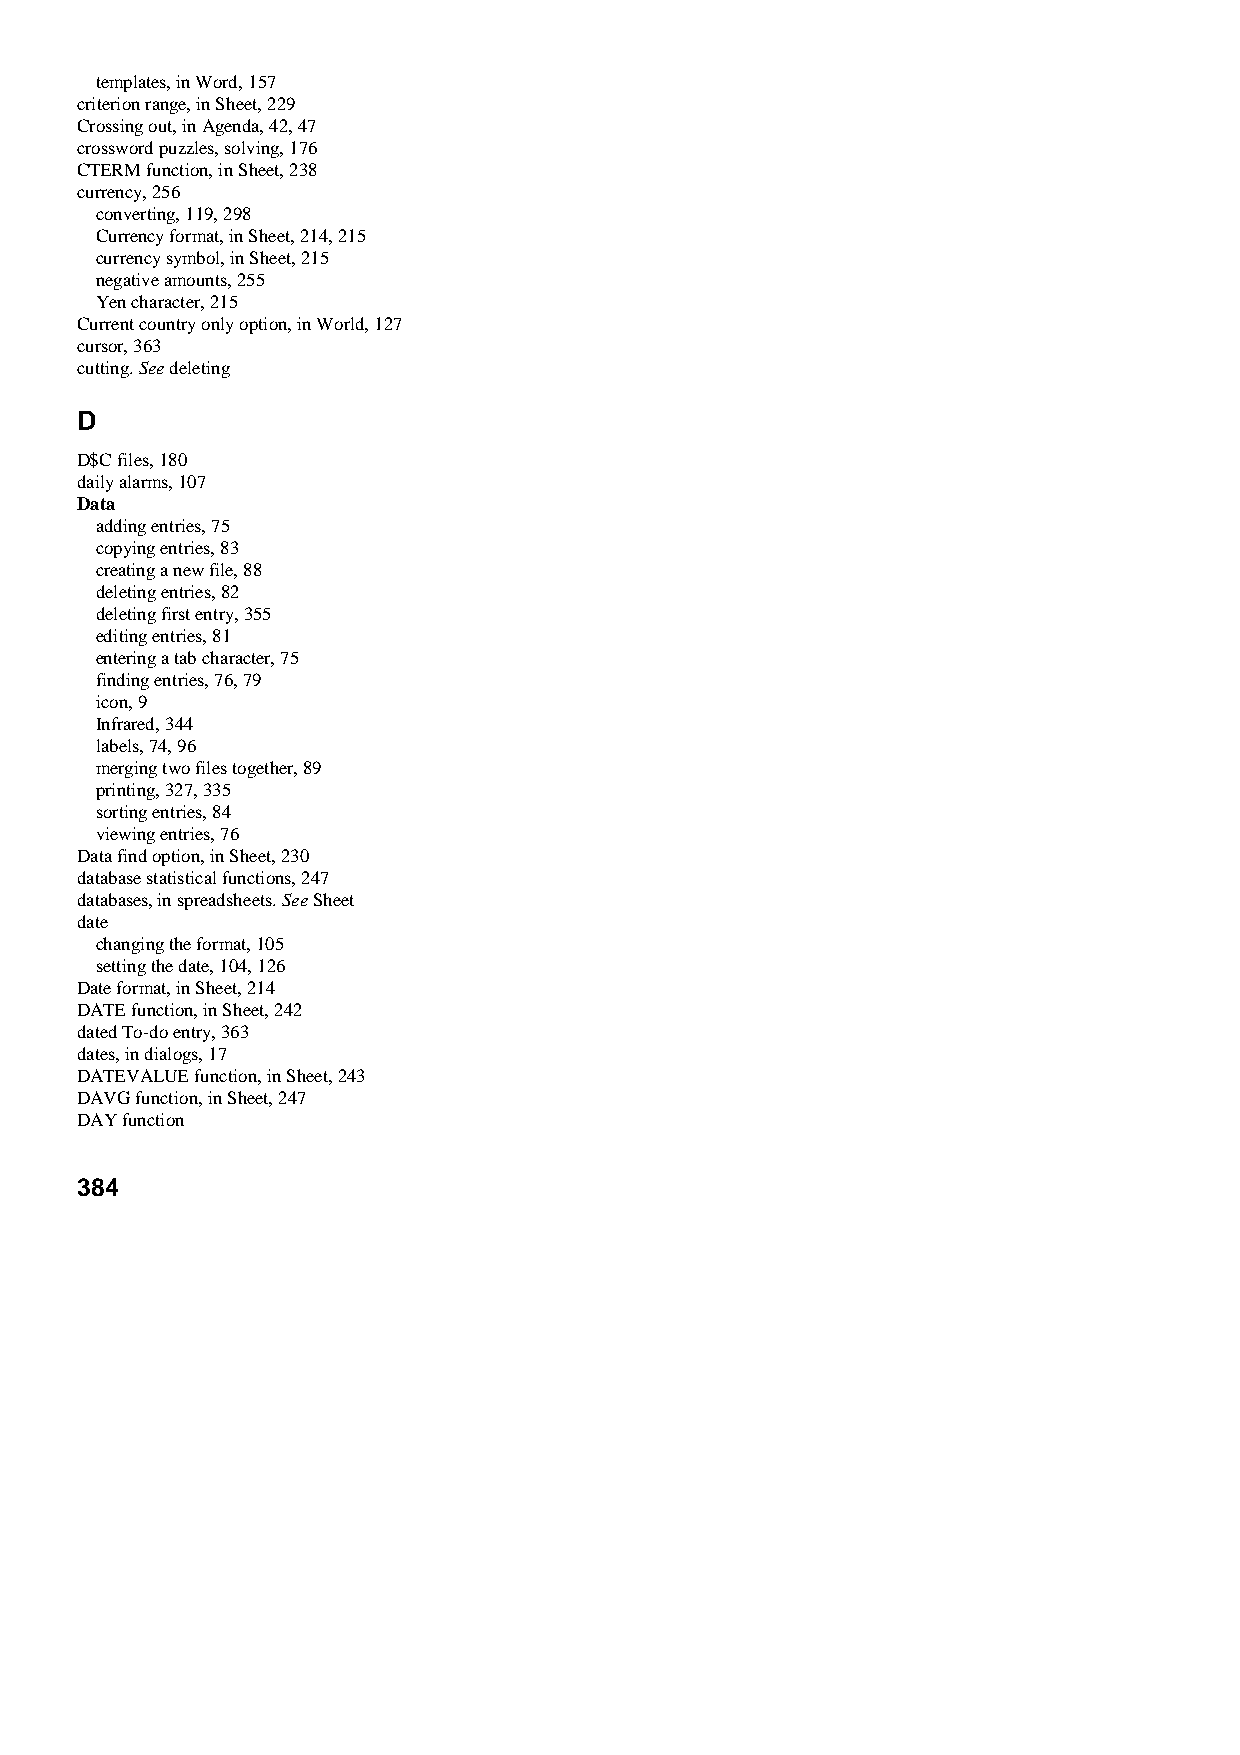
templates, in Word, 157
 criterion range, in Sheet, 229
 Crossing out, in Agenda, 42, 47
 crossword puzzles, solving, 176
 CTERM function, in Sheet, 238
 currency, 256
 converting, 119, 298
 Currency format, in Sheet, 214, 215
 currency symbol, in Sheet, 215
 negative amounts, 255
 Yen character, 215
 Current country only option, in World, 127
 cursor, 363
 cutting. See deleting
 D
 D$C files, 180
 daily alarms, 107
 Data
 adding entries, 75
 copying entries, 83
 creating a new file, 88
 deleting entries, 82
 deleting first entry, 355
 editing entries, 81
 entering a tab character, 75
 finding entries, 76, 79
 icon, 9
 Infrared, 344
 labels, 74, 96
 merging two files together, 89
 printing, 327, 335
 sorting entries, 84
 viewing entries, 76
 Data find option, in Sheet, 230
 database statistical functions, 247
 databases, in spreadsheets. See Sheet
 date
 changing the format, 105
 setting the date, 104, 126
 Date format, in Sheet, 214
 DATE function, in Sheet, 242
 dated To-do entry, 363
 dates, in dialogs, 17
 DATEVALUE function, in Sheet, 243
 DAVG function, in Sheet, 247
 DAY function
 384